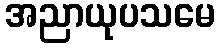
အညာယုပသမေ